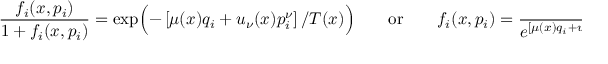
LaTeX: \frac { f _ { i } ( x , p _ { i } ) } { 1 + f _ { i } ( x , p _ { i } ) } = \exp \Bigl ( - \left[ \mu ( x ) q _ { i } + u _ { \nu } ( x ) p _ { i } ^ { \nu } \right] / T ( x ) \Bigr ) \qquad \mathrm { o r } \qquad f _ { i } ( x , p _ { i } ) = { \frac { 1 } { e ^ { \left[ \mu ( x ) q _ { i } + u _ { \nu } ( x ) p _ { i } ^ { \nu } \right] / T ( x ) } - 1 } } \, ,